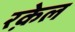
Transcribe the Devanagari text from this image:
रक़ेल